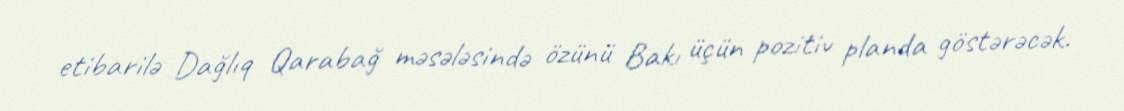
etibarilə Dağlıq Qarabağ məsələsində özünü Bakı üçün pozitiv planda göstərəcək.